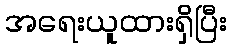
အရေးယူထားရှိပြီး